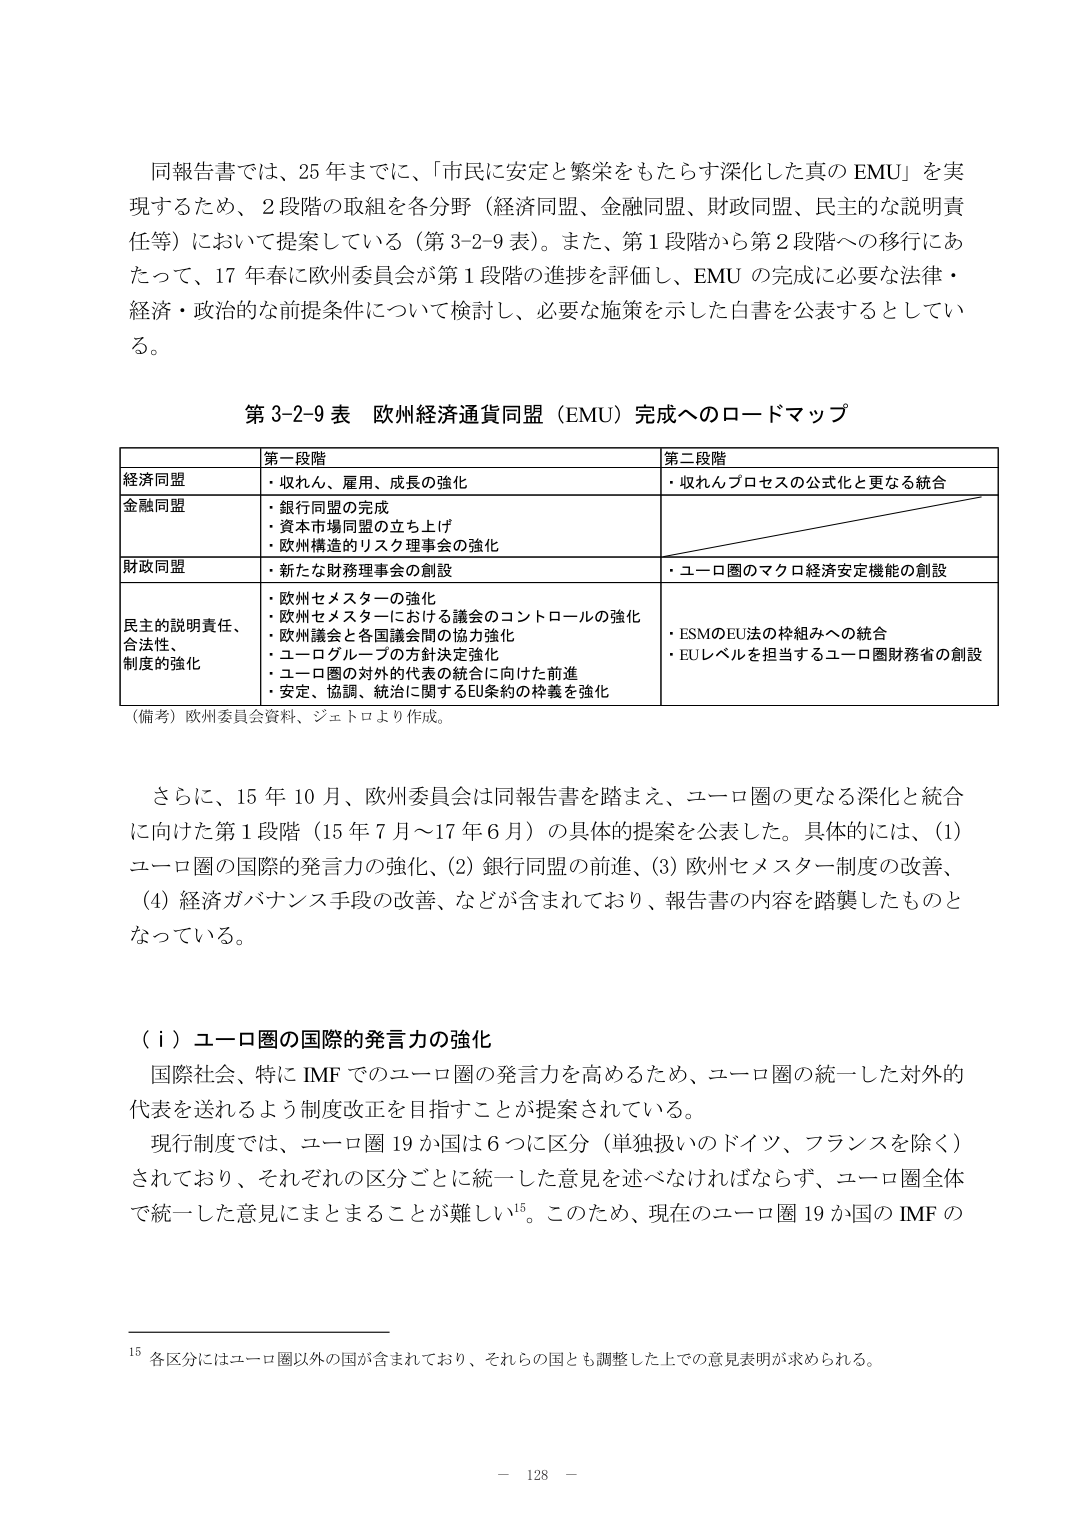
同報告書では、25年までに、「市民に安定と繁栄をもたらす深化した真のEMU」を実現するため、2段階の取組を各分野（経済同盟、金融同盟、財政同盟、民主的な説明責任等）において提案している（第3-2-9表）。また、第1段階から第2段階への移行にあたって、17年春に欧州委員会が第1段階の進捗を評価し、EMUの完成に必要な法律・経済・政治的な前提条件について検討し、必要な施策を示した白書を公表するとしている。

第3-2-9表　欧州経済通貨同盟（EMU）完成へのロードマップ

| | 第一段階 | 第二段階 |
|---|---|---|
| 経済同盟 | ・収れん、雇用、成長の強化 | ・収れんプロセスの公式化と更なる統合 |
| 金融同盟 | ・銀行同盟の完成<br>・資本市場同盟の立ち上げ<br>・欧州構造的リスク理事会の強化 | |
| 財政同盟 | ・新たな財務理事会の創設 | ・ユーロ圏のマクロ経済安定機能の創設 |
| 民主的説明責任、合法性、制度の強化 | ・欧州セメスターの強化<br>・欧州セメスターにおける議会のコントロールの強化<br>・欧州議会と各国議会間の協力強化<br>・ユーログループの方針決定強化<br>・ユーロ圏の対外的代表の統合に向けた前進<br>・安定、協調、統治に関するEU条約の枠義を強化 | ・ESMのEU法の枠組みへの統合<br>・EUレベルを担当するユーロ圏財務省の創設 |

（備考）欧州委員会資料、ジェトロより作成。

さらに、15年10月、欧州委員会は同報告書を踏まえ、ユーロ圏の更なる深化と統合に向けた第1段階（15年7月～17年6月）の具体的提案を公表した。具体的には、(1) ユーロ圏の国際的発言力の強化、(2) 銀行同盟の前進、(3) 欧州セメスター制度の改善、(4) 経済ガバナンス手段の改善、などが含まれており、報告書の内容を踏襲したものとなっている。

（ⅰ）ユーロ圏の国際的発言力の強化

国際社会、特にIMFでのユーロ圏の発言力を高めるため、ユーロ圏の統一した対外的代表を送れるよう制度改正を目指すことが提案されている。

現行制度では、ユーロ圏19か国は6つに区分（単独扱いのドイツ、フランスを除く）されており、それぞれの区分ごとに統一した意見を述べなければならず、ユーロ圏全体で統一した意見にまとまることが難しい¹⁵。このため、現在のユーロ圏19か国のIMFの

¹⁵ 各区分にはユーロ圏以外の国が含まれており、それらの国とも調整した上での意見表明が求められる。

－ 128 －